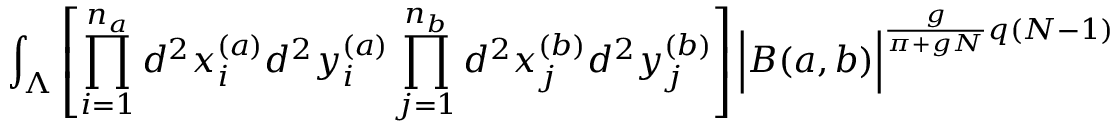
\int _ { \Lambda } \left[ \prod _ { i = 1 } ^ { n _ { a } } d ^ { 2 } x _ { i } ^ { ( a ) } d ^ { 2 } y _ { i } ^ { ( a ) } \prod _ { j = 1 } ^ { n _ { b } } d ^ { 2 } x _ { j } ^ { ( b ) } d ^ { 2 } y _ { j } ^ { ( b ) } \right] \Big | B ( a , b ) \Big | ^ { \frac { g } { \pi + g N } q ( N - 1 ) } \;